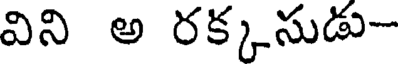
విని అ రక్కసుడు-